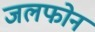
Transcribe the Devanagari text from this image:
जलफोन